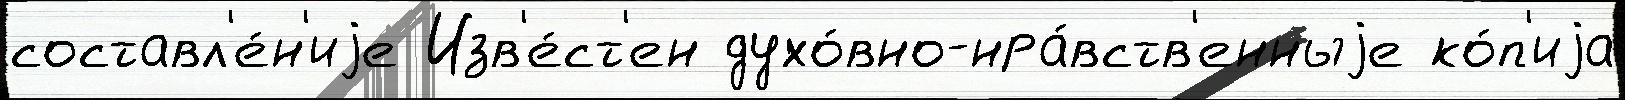
составл'е́н'иjе Изв'е́ст'ен духо́вно-нра́вств'енныjе ко́п'иjа